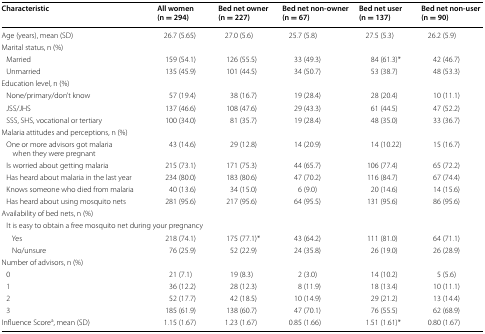
<table><thead><tr><td><b>Characteristic</b></td><td><b>All women (n = 294)</b></td><td><b>Bed net owner (n = 227)</b></td><td><b>Bed net non-owner (n = 67)</b></td><td><b>Bed net user (n = 137)</b></td><td><b>Bed net non-user (n = 90)</b></td></tr></thead><tbody><tr><td>Age (years), mean (SD)</td><td>26.7 (5.65)</td><td>27.0 (5.6)</td><td>25.7 (5.8)</td><td>27.5 (5.3)</td><td>26.2 (5.9)</td></tr><tr><td colspan="6">Marital status, n (%)</td></tr><tr><td> Married</td><td>159 (54.1)</td><td>126 (55.5)</td><td>33 (49.3)</td><td>84 (61.3)*</td><td>42 (46.7)</td></tr><tr><td> Unmarried</td><td>135 (45.9)</td><td>101 (44.5)</td><td>34 (50.7)</td><td>53 (38.7)</td><td>48 (53.3)</td></tr><tr><td colspan="6">Education level, n (%)</td></tr><tr><td> None/primary/don’t know</td><td>57 (19.4)</td><td>38 (16.7)</td><td>19 (28.4)</td><td>28 (20.4)</td><td>10 (11.1)</td></tr><tr><td> JSS/JHS</td><td>137 (46.6)</td><td>108 (47.6)</td><td>29 (43.3)</td><td>61 (44.5)</td><td>47 (52.2)</td></tr><tr><td> SSS, SHS, vocational or tertiary</td><td>100 (34.0)</td><td>81 (35.7)</td><td>19 (28.4)</td><td>48 (35.0)</td><td>33 (36.7)</td></tr><tr><td colspan="6">Malaria attitudes and perceptions, n (%)</td></tr><tr><td> One or more advisors got malaria when they were pregnant</td><td>43 (14.6)</td><td>29 (12.8)</td><td>14 (20.9)</td><td>14 (10.22)</td><td>15 (16.7)</td></tr><tr><td> Is worried about getting malaria</td><td>215 (73.1)</td><td>171 (75.3)</td><td>44 (65.7)</td><td>106 (77.4)</td><td>65 (72.2)</td></tr><tr><td> Has heard about malaria in the last year</td><td>234 (80.0)</td><td>183 (80.6)</td><td>47 (70.2)</td><td>116 (84.7)</td><td>67 (74.4)</td></tr><tr><td> Knows someone who died from malaria</td><td>40 (13.6)</td><td>34 (15.0)</td><td>6 (9.0)</td><td>20 (14.6)</td><td>14 (15.6)</td></tr><tr><td> Has heard about using mosquito nets</td><td>281 (95.6)</td><td>217 (95.6)</td><td>64 (95.5)</td><td>131 (95.6)</td><td>86 (95.6)</td></tr><tr><td colspan="6">Availability of bed nets, n (%)</td></tr><tr><td colspan="6"> It is easy to obtain a free mosquito net during your pregnancy</td></tr><tr><td>Yes</td><td>218 (74.1)</td><td>175 (77.1)*</td><td>43 (64.2)</td><td>111 (81.0)</td><td>64 (71.1)</td></tr><tr><td>No/unsure</td><td>76 (25.9)</td><td>52 (22.9)</td><td>24 (35.8)</td><td>26 (19.0)</td><td>26 (28.9)</td></tr><tr><td colspan="6">Number of advisors, n (%)</td></tr><tr><td> 0</td><td>21 (7.1)</td><td>19 (8.3)</td><td>2 (3.0)</td><td>14 (10.2)</td><td>5 (5.6)</td></tr><tr><td> 1</td><td>36 (12.2)</td><td>28 (12.3)</td><td>8 (11.9)</td><td>18 (13.4)</td><td>10 (11.1)</td></tr><tr><td> 2</td><td>52 (17.7)</td><td>42 (18.5)</td><td>10 (14.9)</td><td>29 (21.2)</td><td>13 (14.4)</td></tr><tr><td> 3</td><td>185 (61.9)</td><td>138 (60.7)</td><td>47 (70.1)</td><td>76 (55.5)</td><td>62 (68.9)</td></tr><tr><td>Influence Score<sup>a</sup>, mean (SD)</td><td>1.15 (1.67)</td><td>1.23 (1.67)</td><td>0.85 (1.66)</td><td>1.51 (1.61)*</td><td>0.80 (1.67)</td></tr></tbody></table>